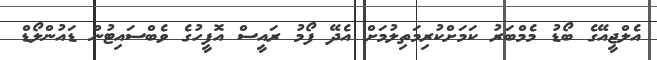
އެލްޖީއޭގެ ބޯޑު މެމްބަރު ކަމަށްކުރިމަތިލުމަށް އެދޭ ފޯމު ރައީސް އޮފީހުގެ ވެބްސައިޓުން ޑައުންލޯޑް